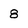
Character: 8